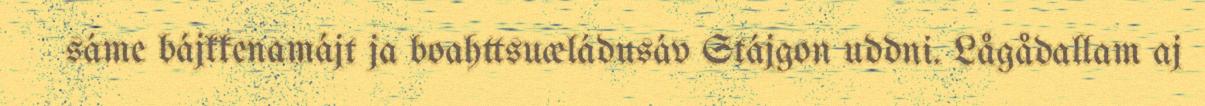
sáme bájkkenamájt ja boahttsuæládusáv Stájgon uddni. Lågådallam aj